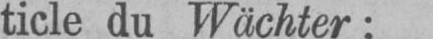
ticle du Wächter: